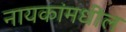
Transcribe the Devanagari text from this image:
नायकांमधील